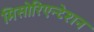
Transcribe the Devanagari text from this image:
मिसोरिएन्टेशन